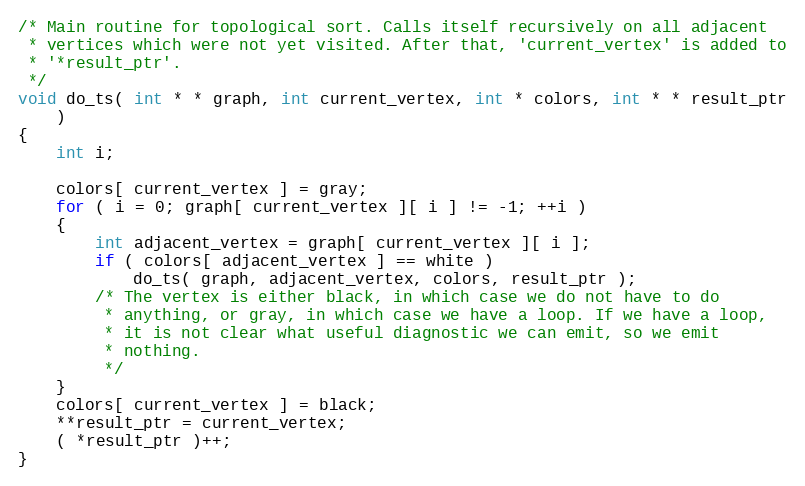
Language: C
/* Main routine for topological sort. Calls itself recursively on all adjacent
 * vertices which were not yet visited. After that, 'current_vertex' is added to
 * '*result_ptr'.
 */
void do_ts( int * * graph, int current_vertex, int * colors, int * * result_ptr
    )
{
    int i;

    colors[ current_vertex ] = gray;
    for ( i = 0; graph[ current_vertex ][ i ] != -1; ++i )
    {
        int adjacent_vertex = graph[ current_vertex ][ i ];
        if ( colors[ adjacent_vertex ] == white )
            do_ts( graph, adjacent_vertex, colors, result_ptr );
        /* The vertex is either black, in which case we do not have to do
         * anything, or gray, in which case we have a loop. If we have a loop,
         * it is not clear what useful diagnostic we can emit, so we emit
         * nothing.
         */
    }
    colors[ current_vertex ] = black;
    **result_ptr = current_vertex;
    ( *result_ptr )++;
}